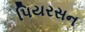
પિયરસન